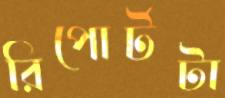
রিপোর্টটা